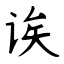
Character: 诶